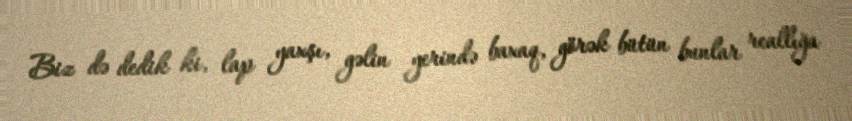
Biz də dedik ki, lap yaxşı, gəlin yerində baxaq, görək bütün bunlar reallığa